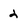
Character: 2